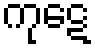
ကုဋေ